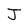
Character: J